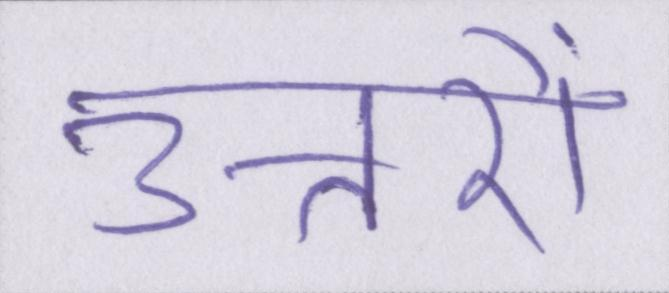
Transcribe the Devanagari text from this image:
उत्तरों